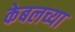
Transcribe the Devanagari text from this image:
केबलच्या